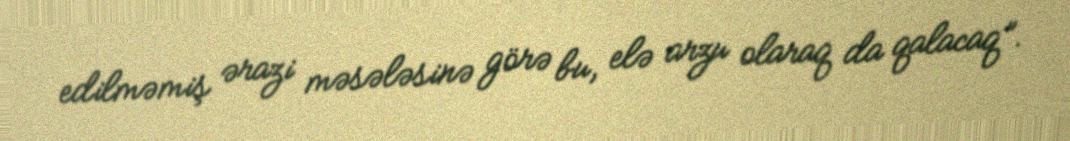
edilməmiş ərazi məsələsinə görə bu, elə arzu olaraq da qalacaq”.